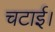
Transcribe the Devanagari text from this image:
चटाई।